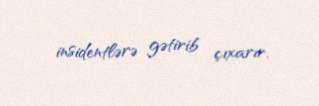
insidentlərə gətirib çıxarır.